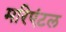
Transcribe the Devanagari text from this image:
मरिएंटल